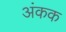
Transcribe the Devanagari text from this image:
अंकक